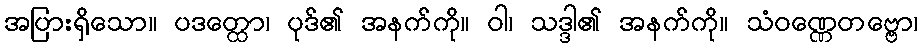
အပြားရှိသော။ ပဒတ္ထော၊ ပုဒ်၏ အနက်ကို။ ဝါ၊ သဒ္ဒါ၏ အနက်ကို။ သံဝဏ္ဏေတဗ္ဗော၊